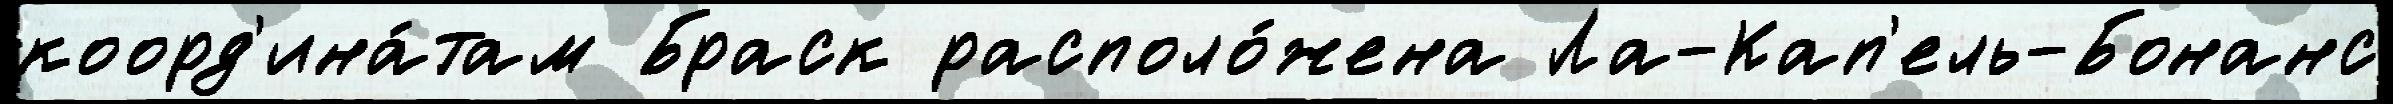
коорд'ина́там Браск располо́жена Ла-Кап'ель-Бонанс